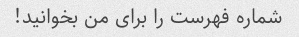
شماره فهرست را برای من بخوانید!